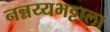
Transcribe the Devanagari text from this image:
नन्नय्यभट्टाला